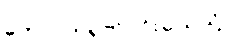
တောင်တရုတ်ပင်လယ်သို့